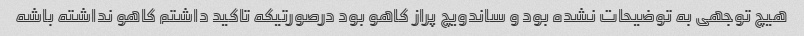
هیچ توجهی به توضیحات نشده بود و ساندویچ پراز کاهو بود درصورتیکه تاکید داشتم کاهو نداشته باشه